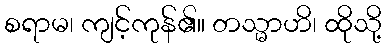
စရာမ၊ ကျင့်ကုန်၏။ တသ္မာဟိ၊ ထိုသို့